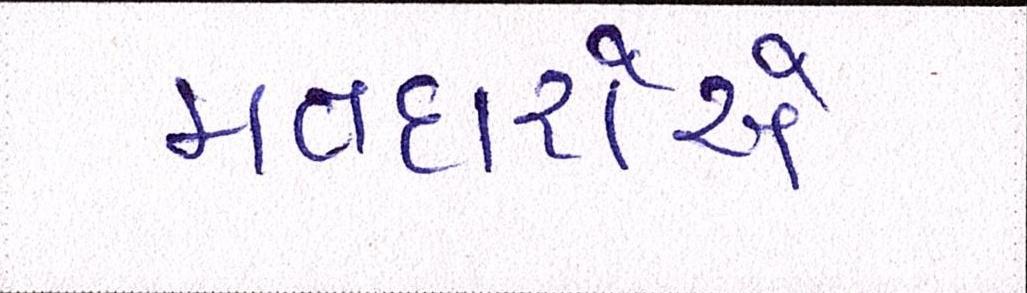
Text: મતદારોએ